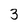
Character: 3